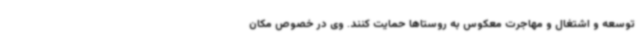
توسعه و اشتغال و مهاجرت معکوس به روستاها حمایت کنند. وی‌ در خصوص مکان